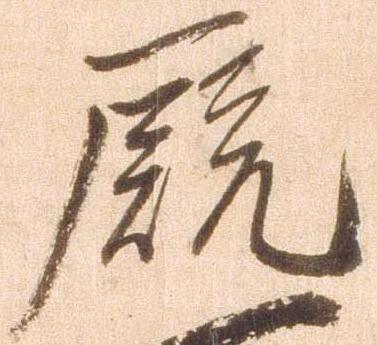
厩